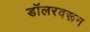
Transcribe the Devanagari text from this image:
डॉलरवरून